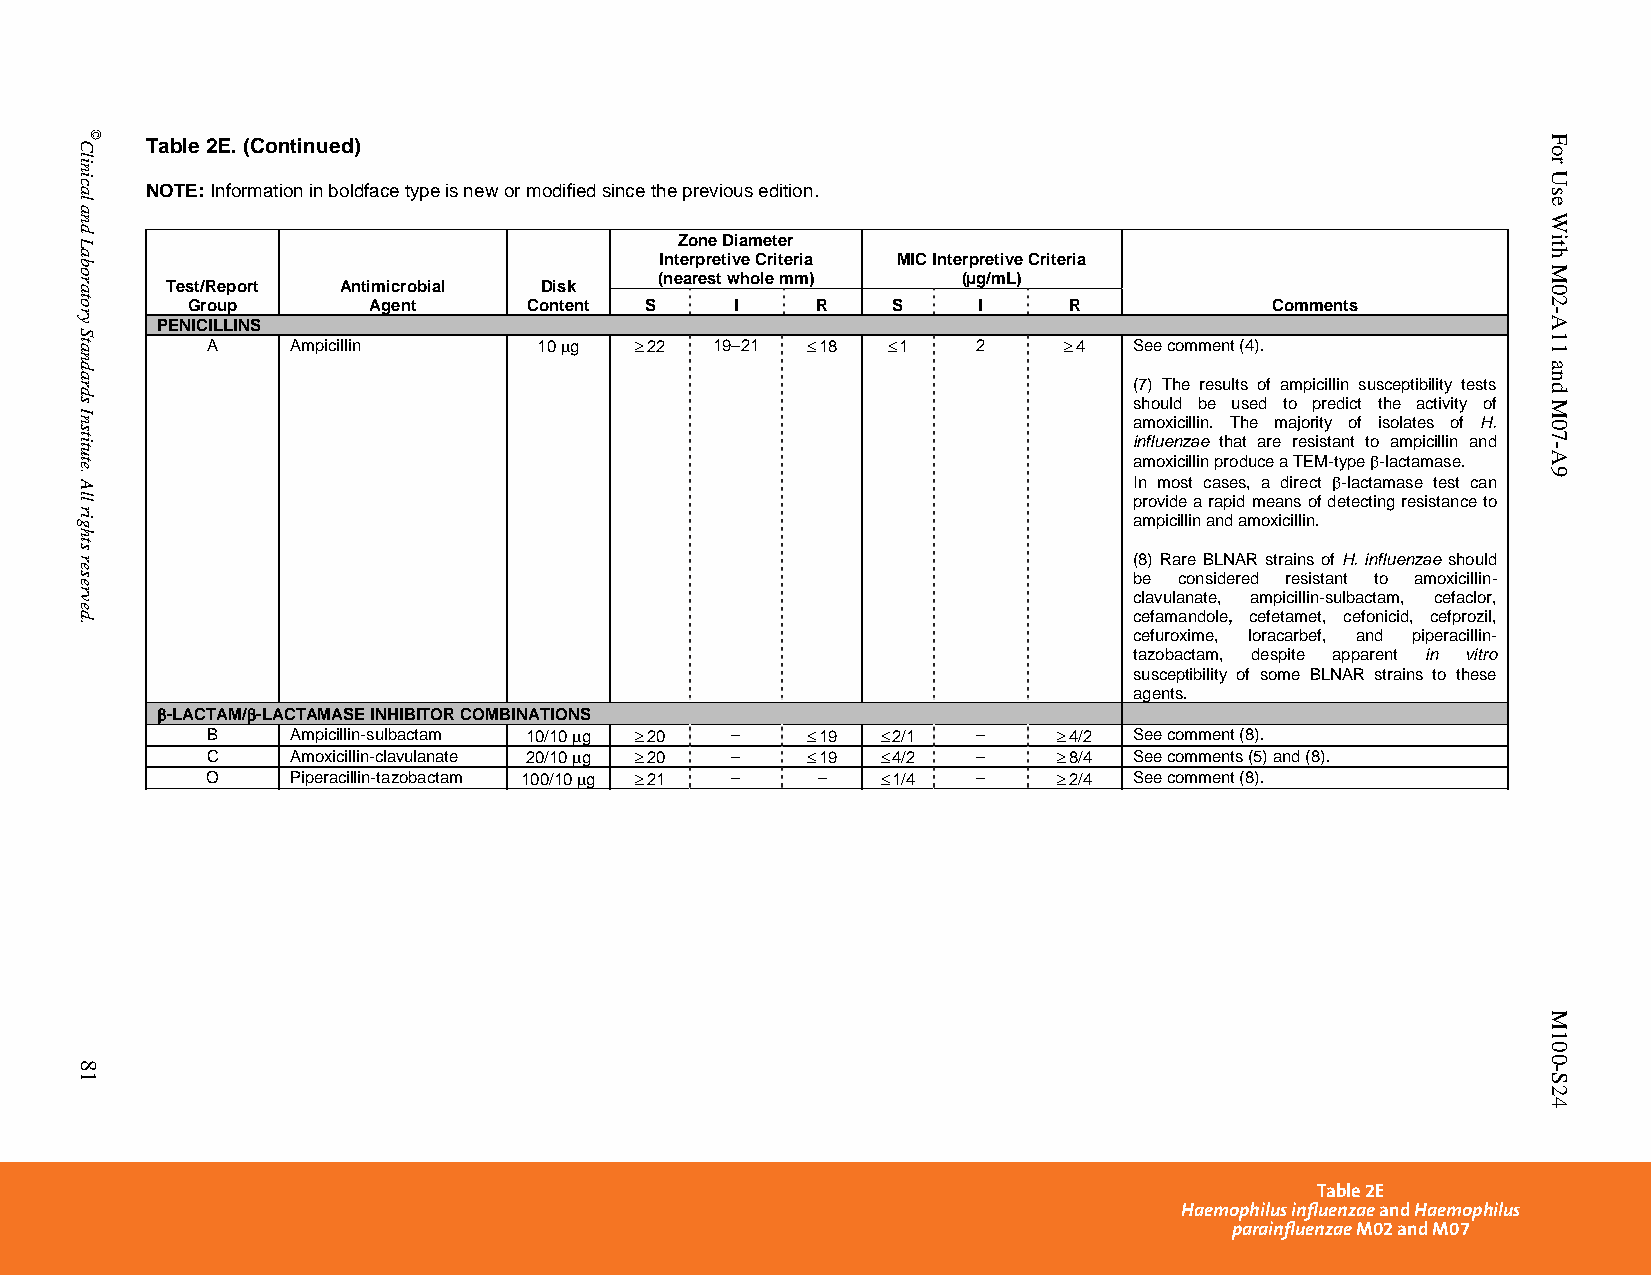
Table 2E. (Continued)
 NOTE: Information in boldface type is new or modified since the previous edition.
 Zone Diameter
 Interpretive Criteria MIC Interpretive Criteria
 Test/Report Antimicrobial Disk
 (nearest whole mm)  (µg/mL)
 Group       Agent      Content S     I    R    S     I     R            Comments
 PENICILLINS
 A    Ampicillin       10 g  22 19–21  18   1   2     4  See comment (4).
 (7) The results of ampicillin susceptibility tests
 should be used to predict the activity of
 amoxicillin. The majority of isolates of H.
 influenzae that are resistant to ampicillin and
 amoxicillin produce a TEM-type -lactamase.
 In most cases, a direct -lactamase test can
 provide a rapid means of detecting resistance to
 ampicillin and amoxicillin.
 (8) Rare BLNAR strains of H. influenzae should
 be considered resistant to amoxicillin-
 clavulanate, ampicillin-sulbactam, cefaclor,
 cefamandole, cefetamet, cefonicid, cefprozil,
 cefuroxime, loracarbef, and piperacillin-
 tazobactam, despite apparent in vitro
 susceptibility of some BLNAR strains to these
 agents.
 -LACTAM/-LACTAMASE INHIBITOR COMBINATIONS
 B    Ampicillin-sulbactam 10/10 g  20 –  19  2/1 –   4/2 See comment (8).
 C    Amoxicillin-clavulanate 20/10 g  20 –  19  4/2 –  8/4 See comments (5) and (8).
 O    Piperacillin-tazobactam 100/10 g  21 – –  1/4 –  2/4 See comment (8).
 Table 2E
 Haemophilus influenzae and Haemophilus
 parainfluenzae M02 and M07
 PublishedOn1/1/2014. Thisdocumentisprotectedbycopyright.
 Clinical
 and
 Laboratory
 Standards
 Institute.
 All
 rights
 reserved.
 81
 ©                                                                                               For
 Use
 With
 M02-A11
 and
 M07-A9
 M100-S24